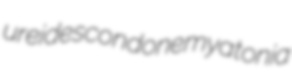
ureides condone myatonia